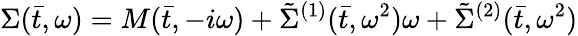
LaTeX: \Sigma(\bar{t},\omega)=M(\bar{t},-i\omega)+\tilde{\Sigma}^{(1)}(\bar{t},\omega^{2})\omega+\tilde{\Sigma}^{(2)}(\bar{t},\omega^{2})